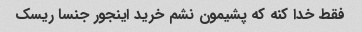
فقط خدا کنه که پشیمون نشم خرید اینجور جنسا ریسک